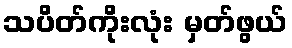
သပိတ်ကိုးလုံး မှတ်ဖွယ်